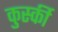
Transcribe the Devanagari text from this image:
कुर्स्की